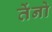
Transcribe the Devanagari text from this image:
तेंनो